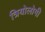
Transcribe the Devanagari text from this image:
त्रियोलोगी